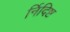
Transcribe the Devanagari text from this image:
र्निदिष्ट